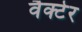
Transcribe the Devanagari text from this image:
वैक्टेर